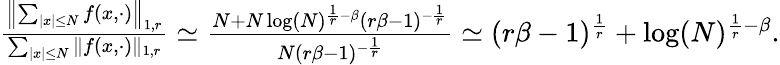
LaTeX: \begin{array}{r}{\frac{\left\| \sum_{|x|\leq N}f(x,\cdot)\right\| _{1,r}}{\sum_{|x|\leq N}\| f(x,\cdot)\| _{1,r}}\simeq\frac{N+N\log(N)^{\frac{1}{r}-\beta}(r\beta-1)^{-\frac{1}{r}}}{N(r\beta-1)^{-\frac{1}{r}}}\simeq(r\beta-1)^{\frac{1}{r}}+\log(N)^{\frac{1}{r}-\beta}.}\end{array}